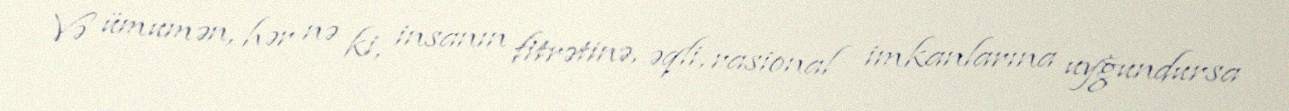
Və ümumən, hər nə ki, insanın fitrətinə, əqli, rasional imkanlarına uyğundursa